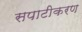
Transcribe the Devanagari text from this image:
सपाटीकरण